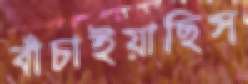
বাঁচাইয়াছিস